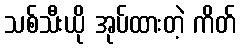
သစ်သီးယို အုပ်ထားတဲ့ ကိတ်